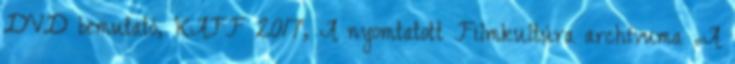
DVD bemutató, KAFF 2017, A nyomtatott Filmkultúra archívuma „A